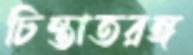
চিন্তাতরঙ্গ